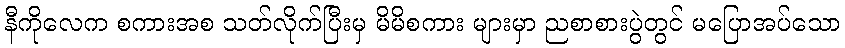
နီကိုလေက စကားအစ သတ်လိုက်ပြီးမှ မိမိစကား များမှာ ညစာစားပွဲတွင် မပြောအပ်သော